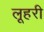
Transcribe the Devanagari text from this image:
लूहरी